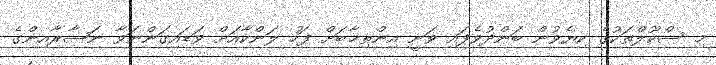
މި ސްކޫލްތަކުގެ ކިޔެވުން ބަންދުވެފައި ވަނީ އިންތިޚާބަށް ފަހު ލަންކާއަށް ވަޑައިގަންނަވާ ނަޞާރާއިންގެ